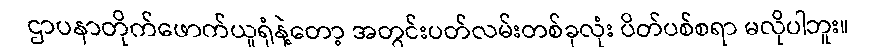
ဌာပနာတိုက်ဖောက်ယူရုံနဲ့တော့ အတွင်းပတ်လမ်းတစ်ခုလုံး ပိတ်ပစ်စရာ မလိုပါဘူး။